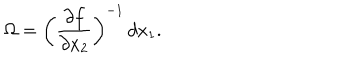
\Omega = \left( \frac { \partial f } { \partial x _ { 2 } } \right) ^ { - 1 } \, d x _ { 1 } .